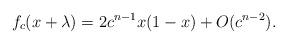
LaTeX: \begin{align*}f_c(x+\lambda) = 2c^{n-1}x(1-x) + O(c^{n-2}).\end{align*}